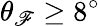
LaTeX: \theta_{\mathscr{F}}\geq8^{\circ}